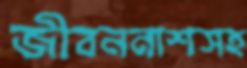
জীবননাশসহ